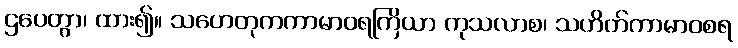
ဌပေတွာ၊ ထား၍။ သဟေတုကကာမာဝရကြိယာ ကုသလာစ၊ သဟိတ်ကာမာဝစရ